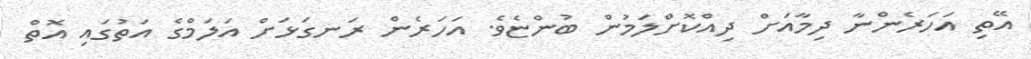
އޭތި އަހަރެންނާ ދިމާއަށް ދިއްކޮށްލަމުން ބުންޏެވެ. އަހަރެން ރަނގަޅަށް އަލަމްގެ އަތުގައި އޮތް